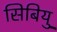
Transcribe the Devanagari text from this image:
सिबियु